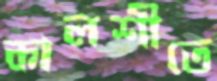
কালশীতে